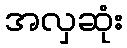
အလှဆုံး